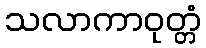
သလာကာဝုတ္တံ